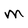
Character: M